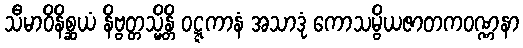
သီမာဝိနိစ္ဆယံ နိဗ္ဗတ္တသ္မိန္တိ ဝဋ္ဋကာနံ အသာဒုံ ကောသမ္ဗိယဇာတကဝဏ္ဏနာ